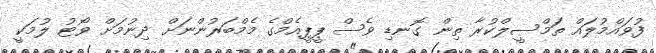
ފުވައްމުލައް ތަމްސީލްކުރާ ތިން ގޮނޑި ވެސް ޕީޕީއެމްގެ މެމްބަރުންނަށް ދިނުމަށް ވޯޓު ލުމަކީ